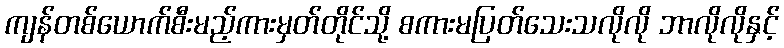
ကျန်တစ်ယောက်စီးမည့်ကားမှတ်တိုင်သို့ စကားမပြတ်သေးသလိုလို ဘာလိုလိုနှင့်